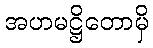
အဟမဋ္ဌိတောမှိ